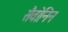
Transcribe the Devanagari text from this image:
सैवोनिन